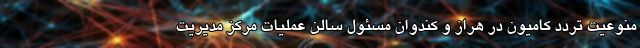
منوعیت تردد کامیون در هراز و کندوان مسئول سالن عملیات مرکز مدیریت